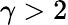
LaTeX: \gamma>2